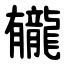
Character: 龓